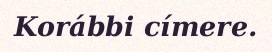
Korábbi címere.